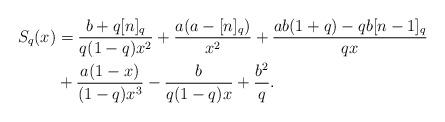
LaTeX: \begin{align*}S_q(x) &=\frac{b+q[n]_q}{q(1-q)x^2}+\frac{a(a-[n]_q)}{x^2}+\frac{ab(1+q)-qb[n-1]_q}{qx} \\&+\frac{a(1-x)}{(1-q)x^3}-\frac{b}{q(1-q)x}+\frac{b^2}{q}.\end{align*}